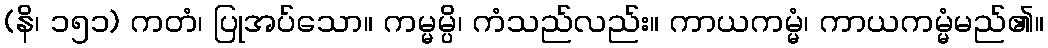
(နိ၊ ၁၅၁) ကတံ၊ ပြုအပ်သော။ ကမ္မမ္ပိ၊ ကံသည်လည်း။ ကာယကမ္မံ၊ ကာယကမ္မံမည်၏။